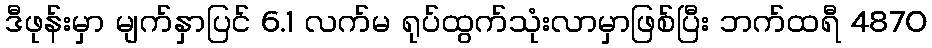
ဒီဖုန်းမှာ မျက်နှာပြင် 6.1 လက်မ ရုပ်ထွက်သုံးလာမှာဖြစ်ပြီး ဘက်ထရီ 4870